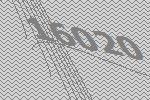
16020